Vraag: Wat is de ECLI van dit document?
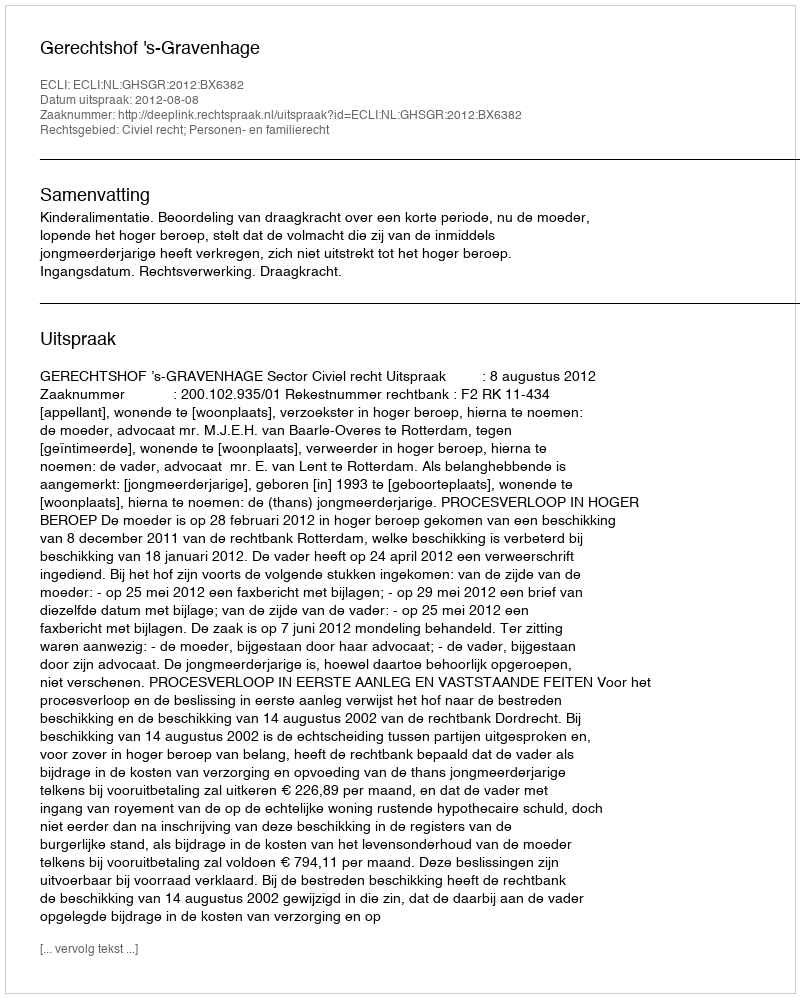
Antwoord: ECLI:NL:GHSGR:2012:BX6382